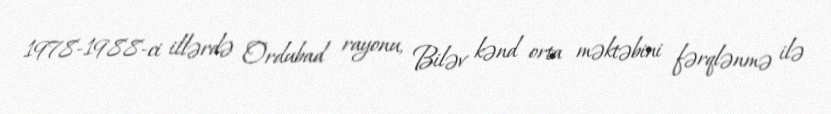
1978-1988-ci illərdə Ordubad rayonu, Biləv kənd orta məktəbini fərqlənmə ilə